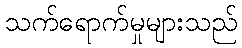
သက်ရောက်မှုများသည်